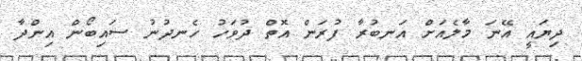
ދިޔައީ އޭނަ މާލެއަށް އަނބުރާ ފުރަން އޮތް ދުވަހު ހެނދުނު ސައިބޯން އިންދާ